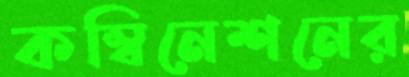
কম্বিনেশনের